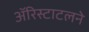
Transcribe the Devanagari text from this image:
ॲरिस्टाटलने